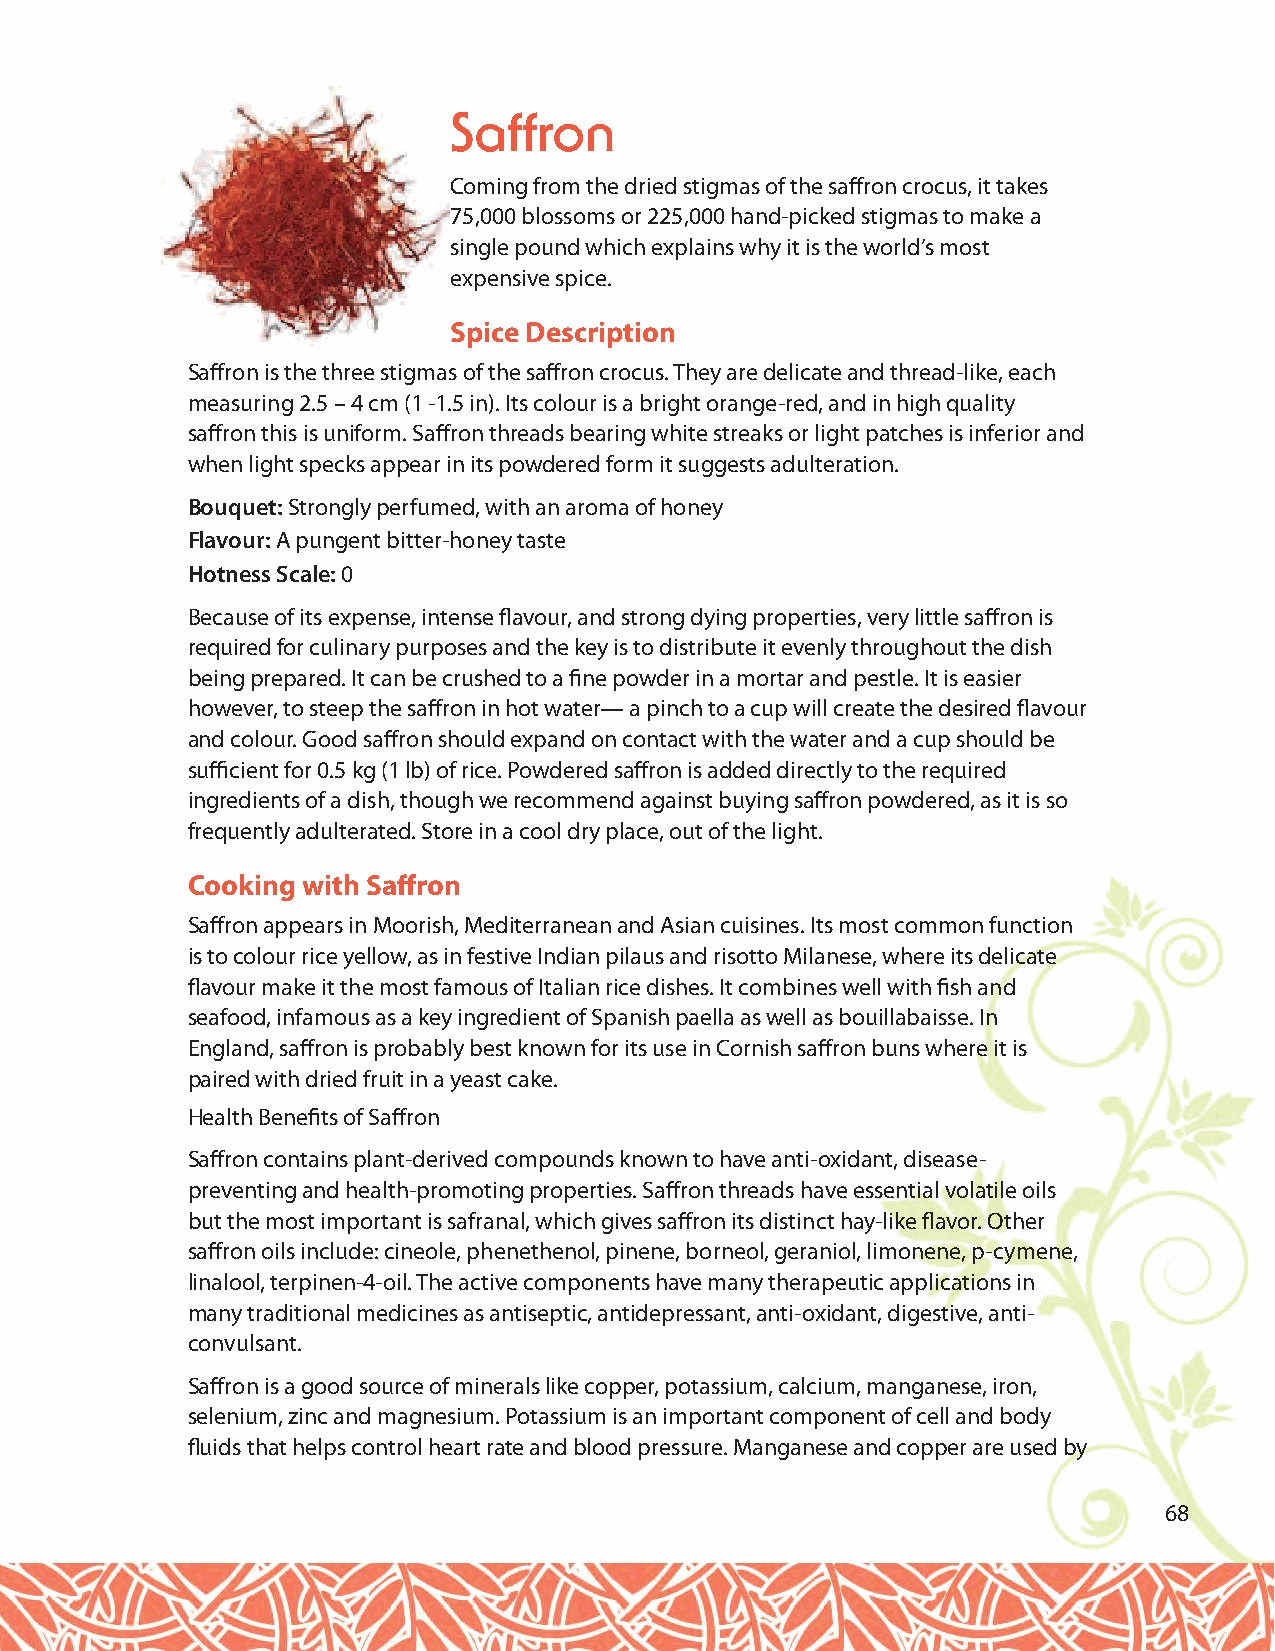
Saffron
 Coming from the dried stigmas of the saffron crocus, it takes
 75,000 blossoms or 225,000 hand-picked stigmas to make a
 single pound which explains why it is the world’s most
 expensive spice.
 Spice Description
 Saffron is the three stigmas of the saffron crocus. They are delicate and thread-like, each
 measuring 2.5 – 4 cm (1 -1.5 in). Its colour is a bright orange-red, and in high quality
 saffron this is uniform. Saffron threads bearing white streaks or light patches is inferior and
 when light specks appear in its powdered form it suggests adulteration.
 Bouquet:Strongly perfumed, with an aroma of honey
 Flavour: A pungent bitter-honey taste
 Hotness Scale: 0
 Because of its expense, intense flavour, and strong dying properties, very little saffron is
 required for culinary purposes and the key is to distribute it evenly throughout the dish
 being prepared. It can be crushed to a fine powder in a mortar and pestle. It is easier
 however, to steep the saffron in hot water— a pinch to a cup will create the desired flavour
 and colour. Good saffron should expand on contact with the water and a cup should be
 sufficient for 0.5 kg (1 lb) of rice. Powdered saffron is added directly to the required
 ingredients of a dish, though we recommend against buying saffron powdered, as it is so
 frequently adulterated. Store in a cool dry place, out of the light.
 Cooking with Saffron
 Saffron appears in Moorish, Mediterranean and Asian cuisines. Its most common function
 is to colour rice yellow, as in festive Indian pilaus and risotto Milanese, where its delicate
 flavour make it the most famous of Italian rice dishes. It combines well with fish and
 seafood, infamous as a key ingredient of Spanish paella as well as bouillabaisse. In
 England, saffron is probably best known for its use in Cornish saffron buns where it is
 paired with dried fruit in a yeast cake.
 Health Benefits of Saffron
 Saffron contains plant-derived compounds known to have anti-oxidant, disease-
 preventing and health-promoting properties. Saffron threads have essential volatile oils
 but the most important is safranal, which gives saffron its distinct hay-like flavor. Other
 saffron oils include: cineole, phenethenol, pinene, borneol, geraniol, limonene, p-cymene,
 linalool, terpinen-4-oil. The active components have many therapeutic applications in
 many traditional medicines as antiseptic, antidepressant, anti-oxidant, digestive, anti-
 convulsant.
 Saffron is a good source of minerals like copper, potassium, calcium, manganese, iron,
 selenium, zinc and magnesium. Potassium is an important component of cell and body
 fluids that helps control heart rate and blood pressure. Manganese and copper are used by
 68